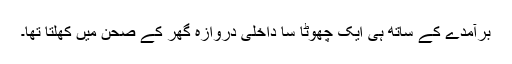
برآمدے کے ساتھ ہی ایک چھوٹا سا داخلی دروازہ گھر کے صحن میں کھلتا تھا۔